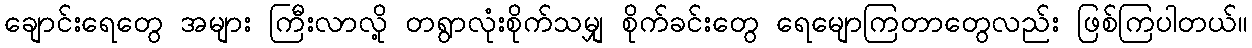
ချောင်းရေတွေ အများ ကြီးလာလို့ တရွာလုံးစိုက်သမျှ စိုက်ခင်းတွေ ရေမျောကြတာတွေလည်း ဖြစ်ကြပါတယ်။